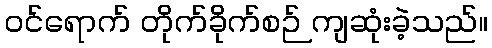
ဝင်ရောက် တိုက်ခိုက်စဉ် ကျဆုံးခဲ့သည်။